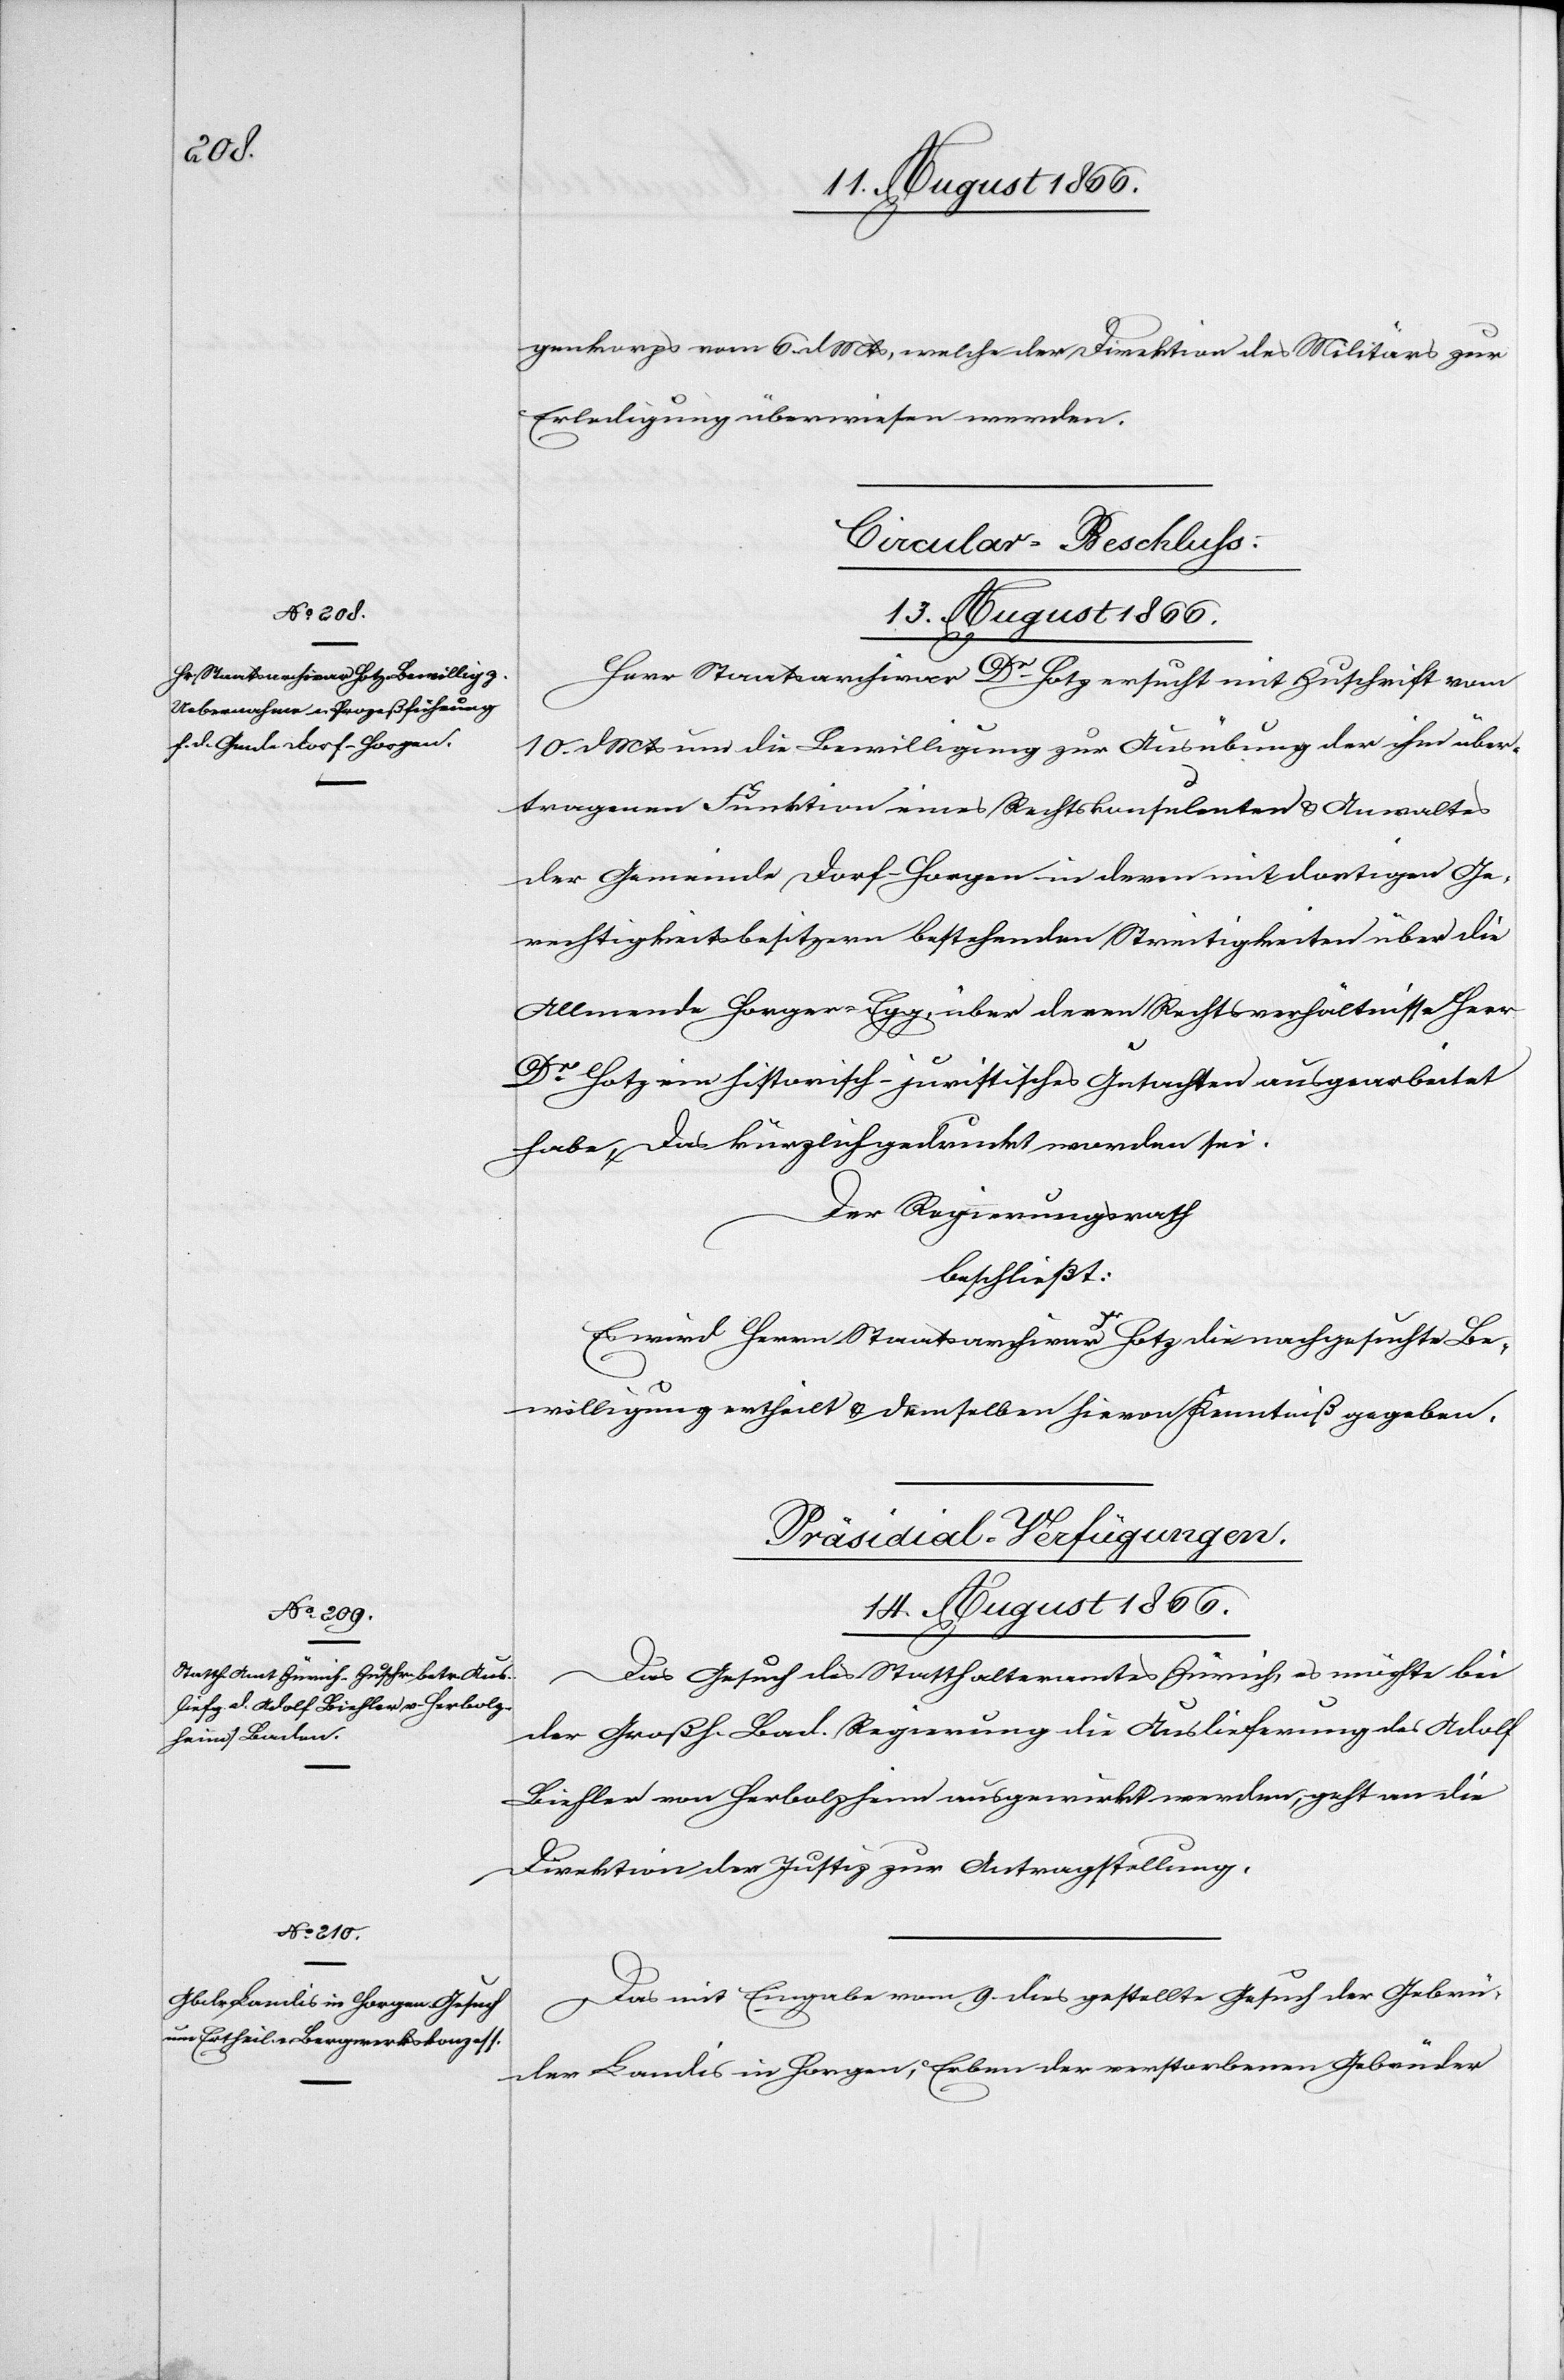
genkorps vom 6. dMts, welche der Direktion des Militärs zur
Erledigung überwiesen werden.
Circular-Beschluß.
Herr Staatsarchivar Dr. Hotz ersucht mit Zuschrift vom
10. dMts um die Bewilligung zur Ausübung der ihm über¬
tragenen Funktion eines Rechtskonsulenten u. Anwaltes
der Gemeinde Dorf-Horgen in deren mit dortiger Ge¬
rechtigkeitsbesitzern bestehenden Streitigkeiten über die
Allmende Horgen-Egg, über deren Rechtsverhältnisse Herr
Dr. Hotz ein historisch-juristisches Gutachten ausgearbeitet
habe, das kürzlich gedruckt worden sei.
Der Regierungsrath,
beschließt:
Es wird Herrn Staatsarchivar Dr. Hotz die nachgesuchte Be¬
willigung ertheilt u. demselben hievon Kenntniß gegeben.
[Präsidial-Verfügungen.
14. August 1866.]
Das Gesuch des Statthalteramtes Zürich, es möchte bei
der Großh. Bad. Regierung die Auslieferung des Adolf
Bichler von Herbolzheim ausgewirkt werden, geht an die
Direktion der Justiz zur Antragstellung.
Das mit Eingabe vom 9. dies gestellte Gesuch der Gebrü¬
der Landis in Horgen, Erben der verstorbenen Gebrüder